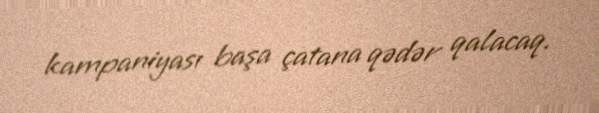
kampaniyası başa çatana qədər qalacaq.